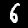
Digit: 6